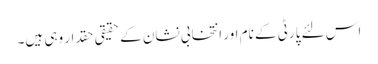
اس لئے پارٹی کے نام اور انتخابی نشان کے حقیقی حقدار وہی ہیں۔